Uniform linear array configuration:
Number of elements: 16
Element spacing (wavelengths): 1
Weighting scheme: kaiser
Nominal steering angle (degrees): -30
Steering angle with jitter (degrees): -28.544
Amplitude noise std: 0.05
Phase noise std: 0.05

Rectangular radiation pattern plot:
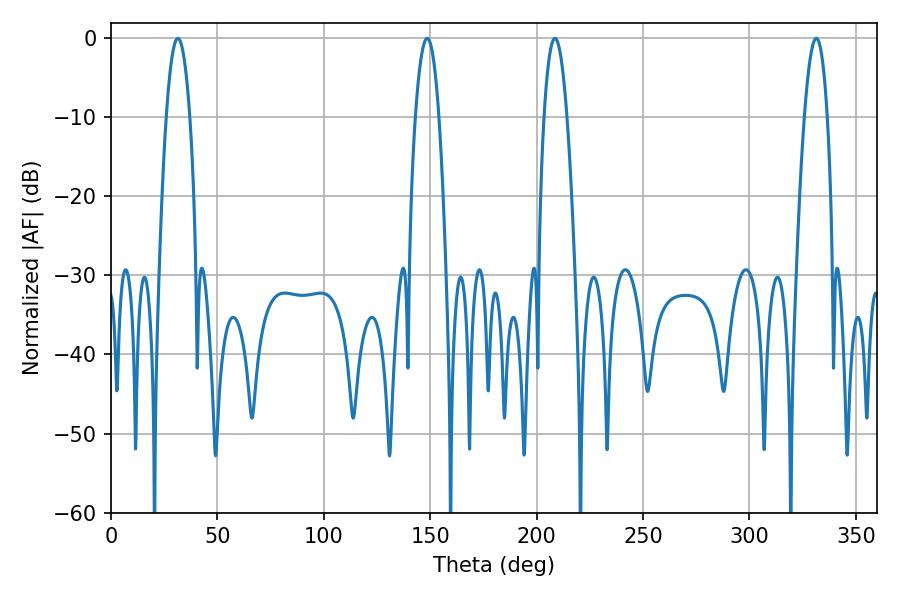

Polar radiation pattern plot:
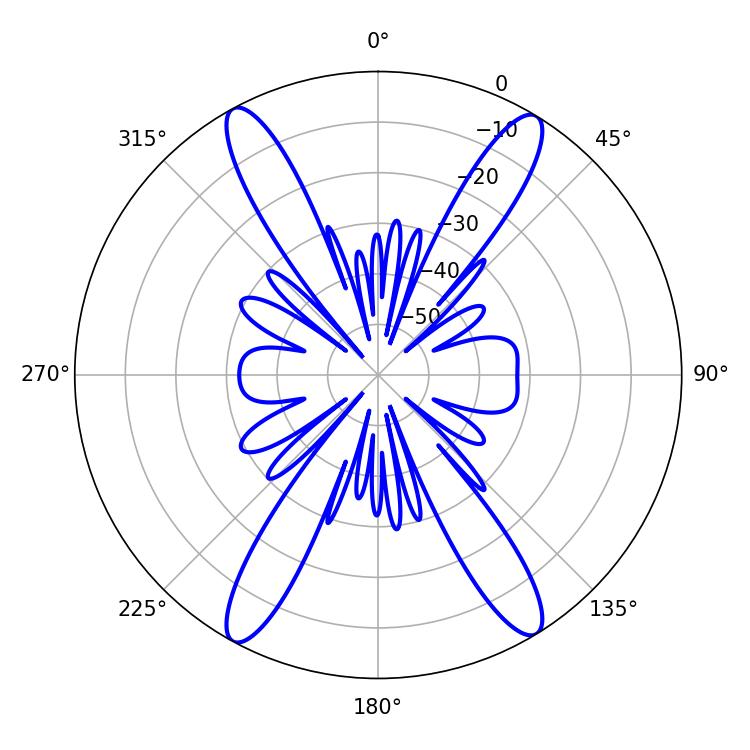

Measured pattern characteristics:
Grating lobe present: TRUE
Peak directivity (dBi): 22.179
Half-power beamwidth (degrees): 5.94
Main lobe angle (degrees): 208.62